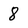
Character: 8